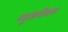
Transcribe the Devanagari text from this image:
न्यूजमॅक्स